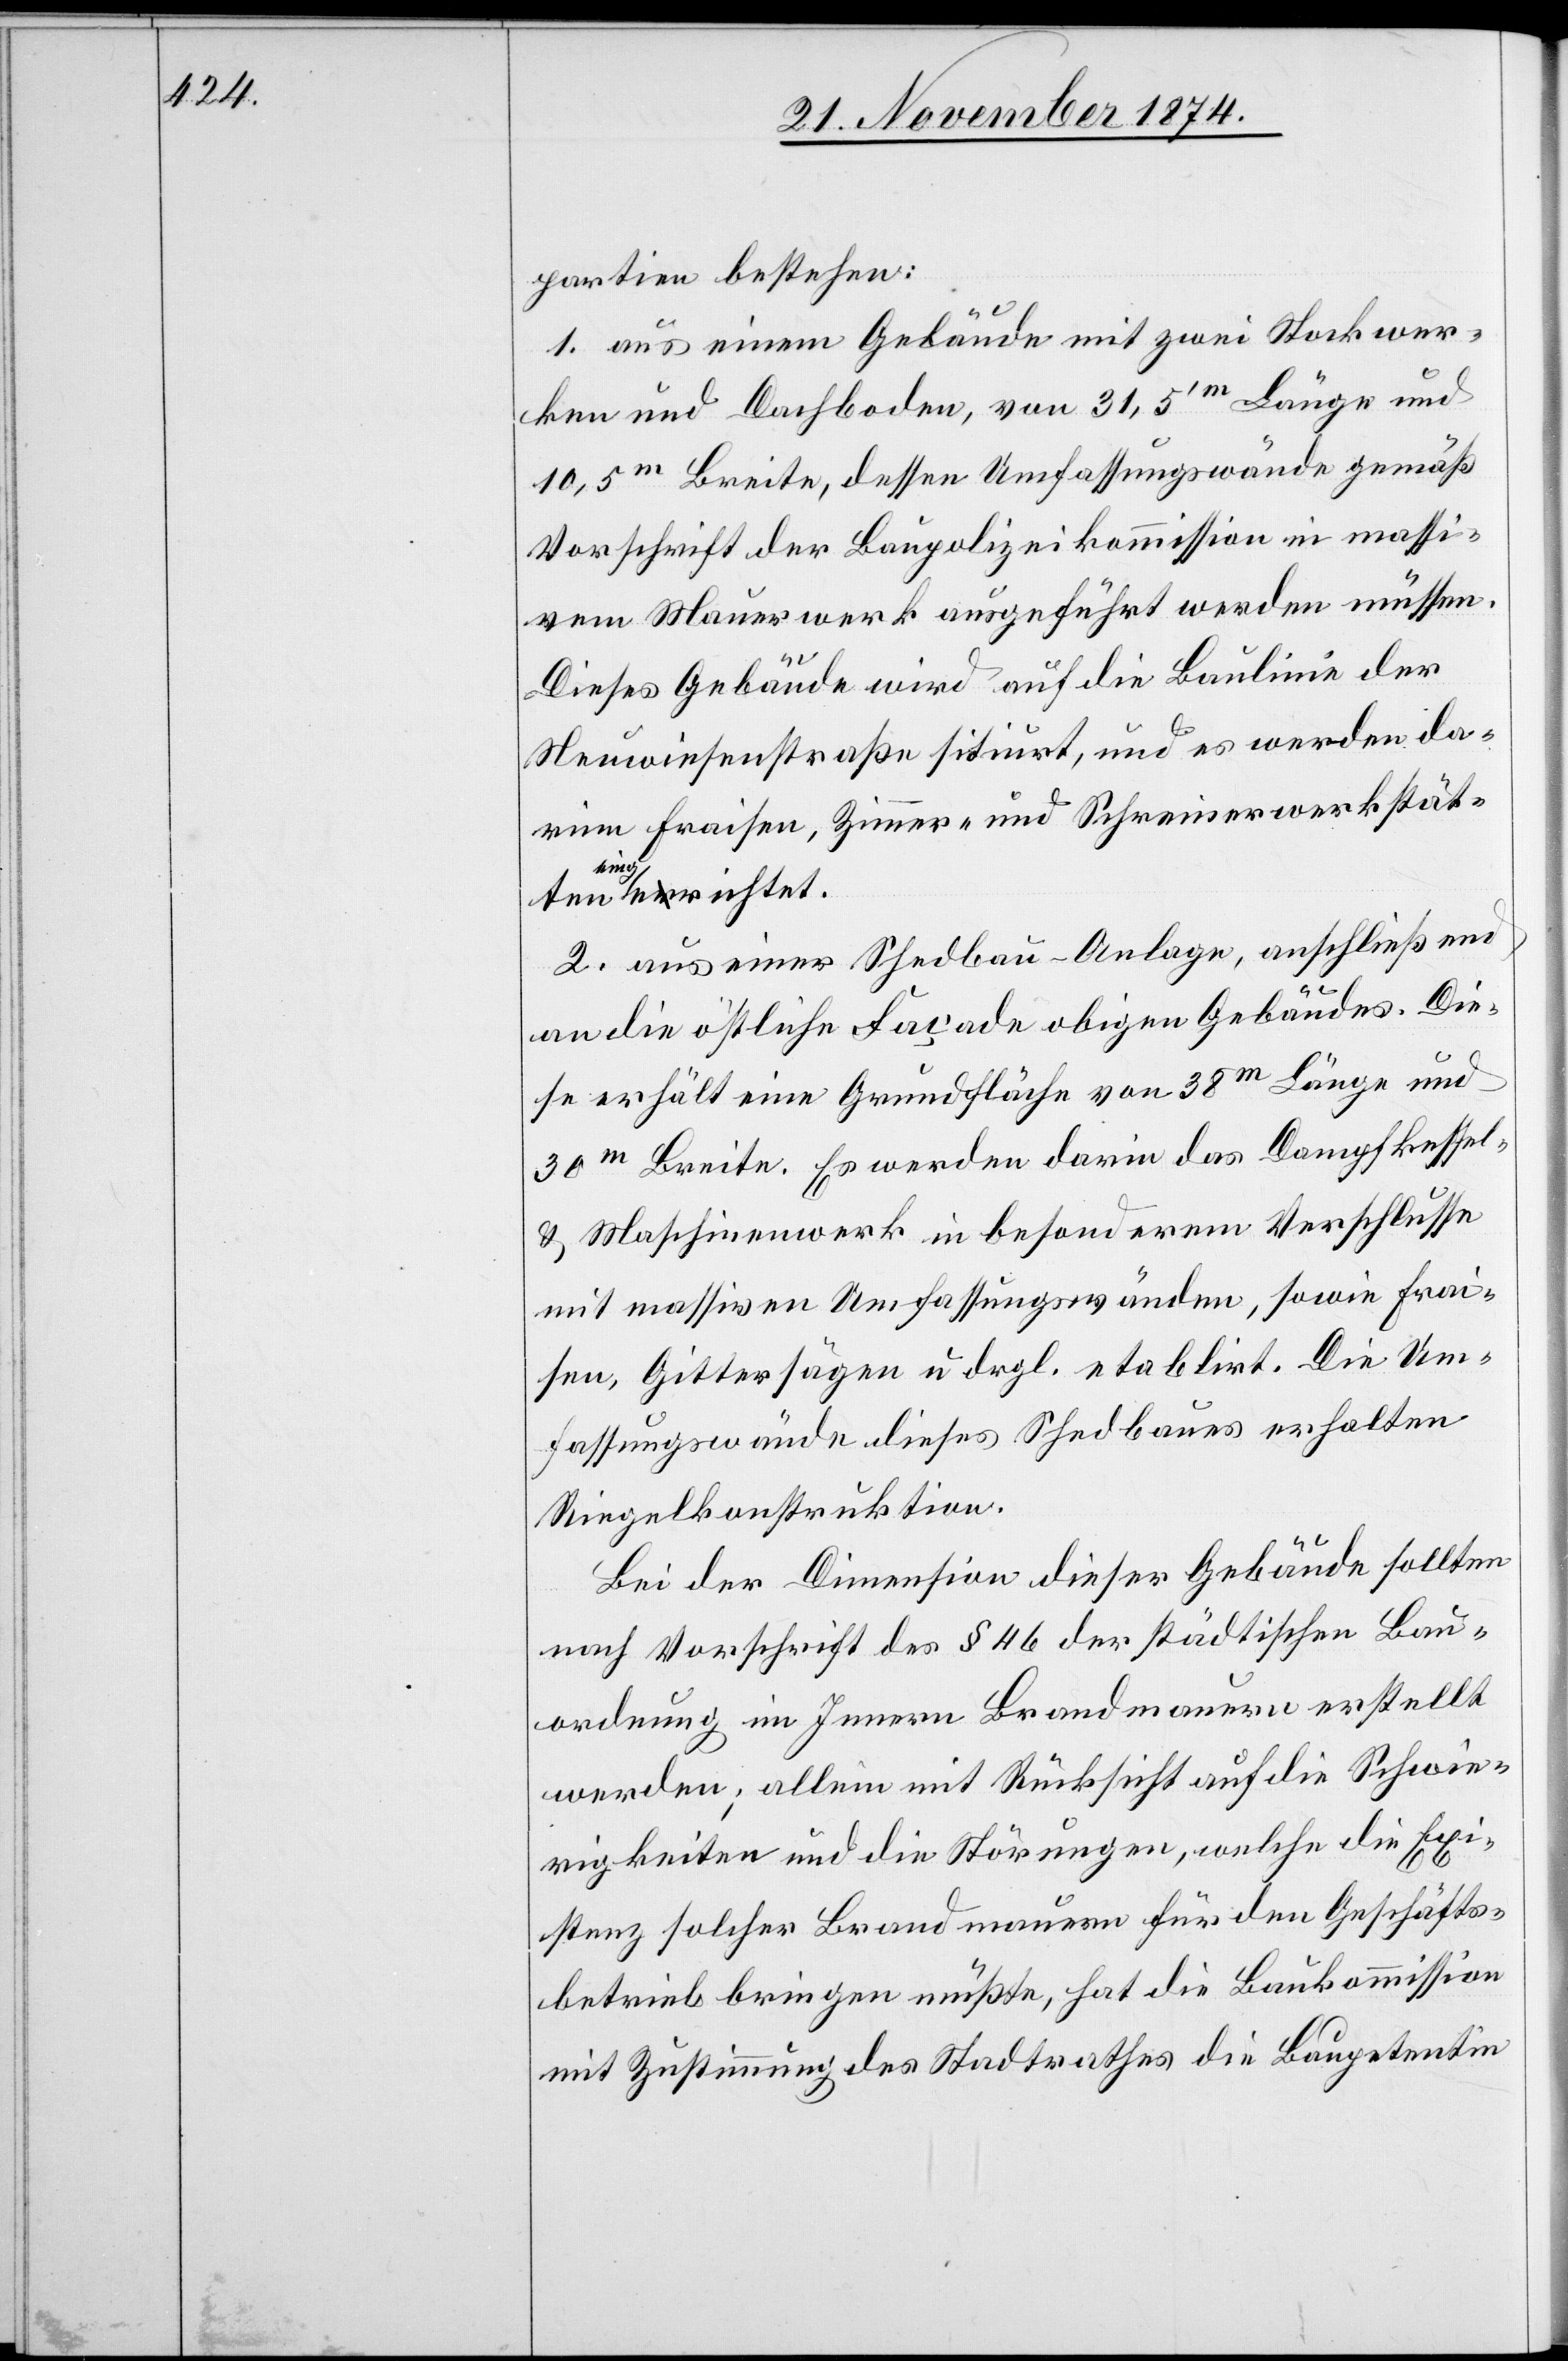
partien bestehen:
1. aus einem Gebäude mit zwei Stockwer¬
ken und Dachboden, von 31,4’m [sic!] Länge und
10,5m Breite, dessen Umfassungswände gemäß
Vorschrift der Baupolizeikommission in massi¬
vem Mauerwerk ausgeführt werden müssen.
Dieses Gebäude wird auf die Baulinie der
Neuwiesenstraße sitiurt [sic!], und es werden da¬
rinn Fraisen, Zimmer- und Schreinerwerkstät¬
ten eingerichtet.
2. aus einer Shedbau-Anlage, anschließend
an die östliche Façade obigen Gebäudes. Die¬
se erhält eine Grundfläche von 38m Länge und
30m Breite. Es werden darin das Dampfkessel-
& Maschinenwerk in besonderem Verschlusse
mit massiven Umfassungswänden, sowie Frai¬
sen, Gittersägen u. drgl. etablirt. Die Um¬
fassungswände dieses Shedbaues erhalten
Riegelkonstruktion.
Bei der Dimension dieser Gebäude sollten
nach Vorschrift des § 46 der städtischen Bau¬
ordnung im Innern Brandmauern erstellt
werden; allein mit Rücksicht auf die Schwie¬
rigkeiten und die Störungen, welche die Exi¬
stenz solcher Brandmauern für den Geschäfts¬
betreib bringen müßte, hat die Baukommission
mit Zustimmung des Stadtrathes die Baupetentin